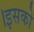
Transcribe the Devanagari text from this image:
।इसको